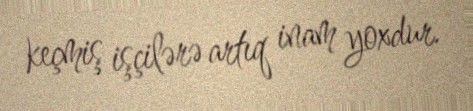
keçmiş işçilərə artıq inam yoxdur.